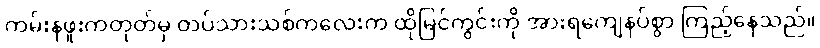
ကမ်းနဖူးကတုတ်မှ တပ်သားသစ်ကလေးက ထိုမြင်ကွင်းကို အားရကျေနပ်စွာ ကြည့်နေသည်။